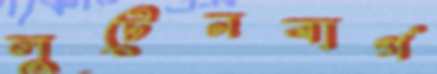
লুটেনবার্গ